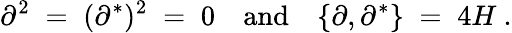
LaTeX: \partial^{2}\; =\; (\partial^{*})^{2}\; =\; 0\quad\mathrm{and}\quad\{ \partial,\partial^{*}\} \; =\; 4H\ .